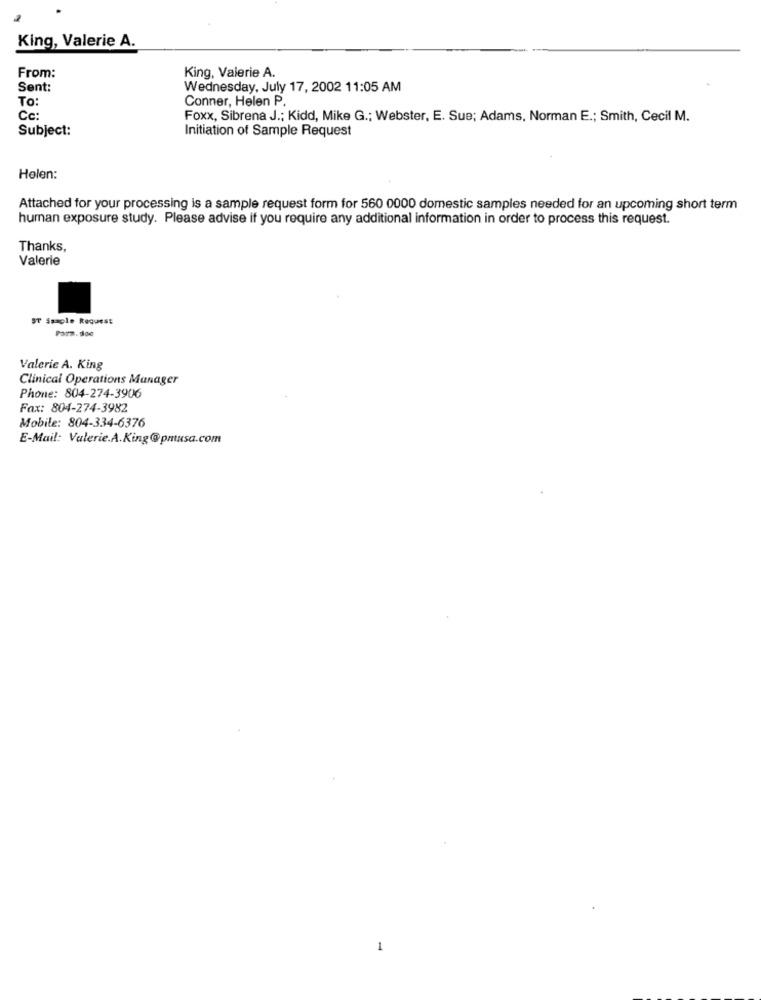
King, Valerie A.
From:
King, Valerie A.
Sent:
Wednesday, July 17, 2002 11:05 AM
To
Conner, Helen P.
Cc
Foxx, Sibrena J .; Kidd, Mike G .; Webster, E. Sue; Adams, Norman E .; Smith, Cecil M.
Subject:
Initiation of Sample Request
Holen:
Attached for your processing is a sample request form for 560 0000 domestic samples needed for an upcoming short term
human exposure study. Please advise if you require any additional information in order to process this request.
Thanks,
Valerie
ST Ssaple Request
Valerie A. King
Clinical Operations Manager
Phone: 804-274-3906
Fax: 804-274-3982
Mobile: 804-334-6376
E-Mail: Valerie.A.King@pmusa.com
1